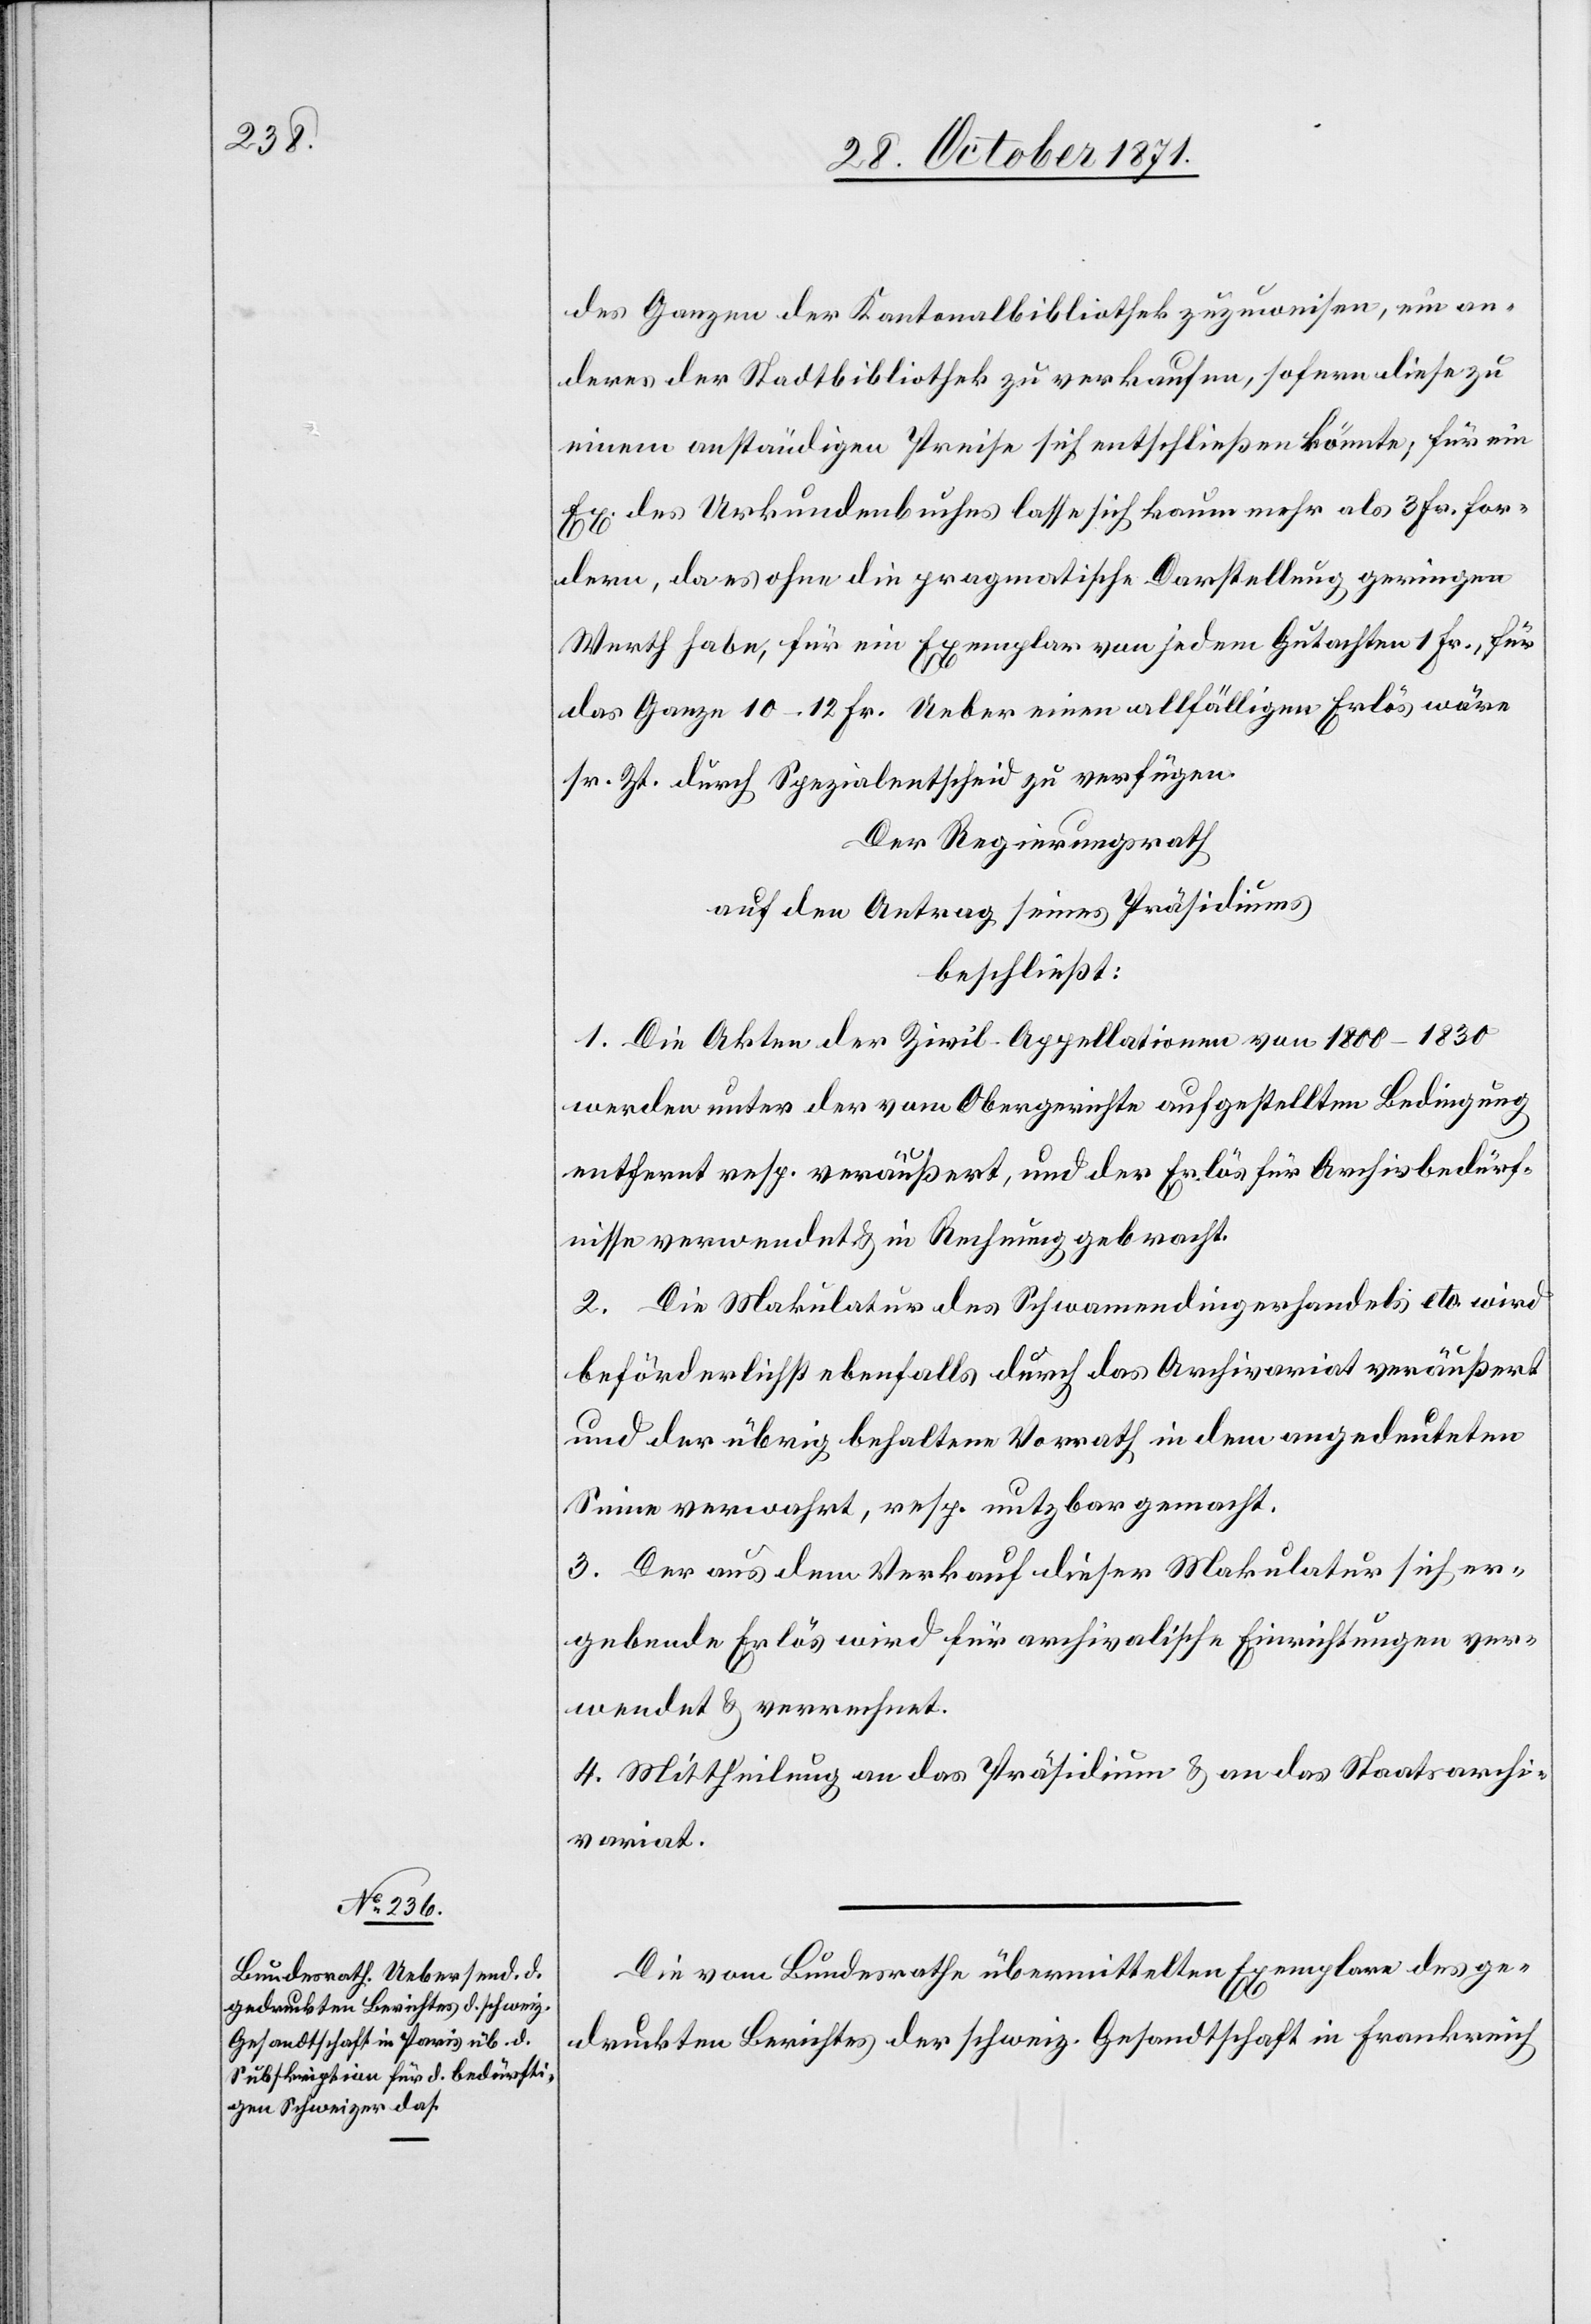
des Ganzen der Kantonalbibliothek zuzuweisen, ein an¬
deres der Stadtbibliothek zu verkaufen, sofern diese zu
einem anständigen Preise sich entschließen könnte, für ein
Ex. des Urkundenbuches lasse sich kaum mehr als 3 Fr. for¬
dern, da es ohne die pragmatische Darstellung geringen
Werth habe, für ein Exemplar von jedem Gutachten 1 Fr., für
das Ganze 10–12 Fr. Ueber einen allfälligen Erlös wäre
sr. Zt. durch Spezialentscheid zu verfügen.
Der Regierungsrath
auf den Antrag seines Präsidiums
beschließt:
1. Die Akten der Zivil-Appellationen von 1800–1830
werden unter der vom Obergericht aufgestellten Bedingung
entfernt resp. veräußert, und der Erlös für Archivbedürf¬
nisse verwendet & in Rechnung gebracht.
2. Die Makulatur des Schwamendingerhandels etc. wird
beförderlichst ebenfalls durch das Archivariat veräußert
und der übrig behaltene Vorrath in dem angedeuteten
Sinne verwahrt, resp. nutzbar gemacht.
3. Der aus dem Verkauf dieser Makulatur sich er¬
gebende Erlös wird für archivalische Einrichtungen ver¬
wendet & verrechnet.
4. Mittheilung an das Präsidium & an das Staatsarchi¬
variat.
Die vom Bundesrathe übermittelten Exemplare des ge¬
druckten Berichtes der schweiz. Gesandtschaft in Frankreich